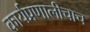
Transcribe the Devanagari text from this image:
कार्यप्रणालीचाच